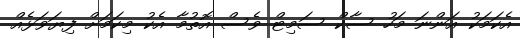
އެކަމަކު އަންނަ މަހު ސާކް ސަމިޓް ވެސް އޮތުމާ އެކު މިކަމަށް ފިޔަވަޅެއް